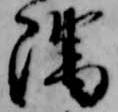
隅